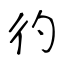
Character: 彴